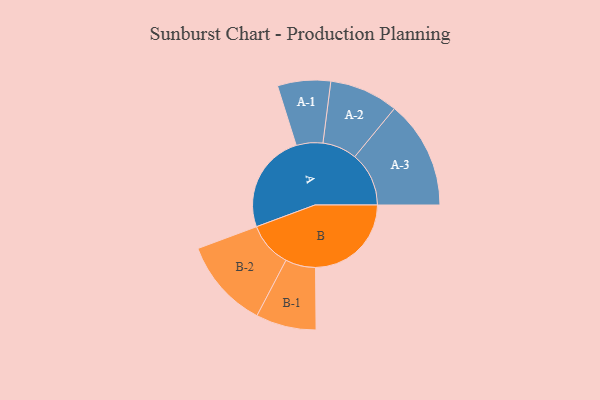
{"axis": {"x": "Segment", "y": "Value"}, "legend": ["", "A", "B"], "data": [{"x": "A", "y": 465, "type": ""}, {"x": "B", "y": 448, "type": ""}, {"x": "A-1", "y": 124, "type": "A"}, {"x": "A-2", "y": 161, "type": "A"}, {"x": "A-3", "y": 253, "type": "A"}, {"x": "B-1", "y": 141, "type": "B"}, {"x": "B-2", "y": 210, "type": "B"}]}